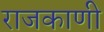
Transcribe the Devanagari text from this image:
राजकाणी